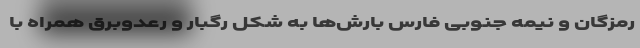
رمزگان و نیمه جنوبی فارس بارش‌ها به شکل رگبار و رعد‌وبرق همراه با